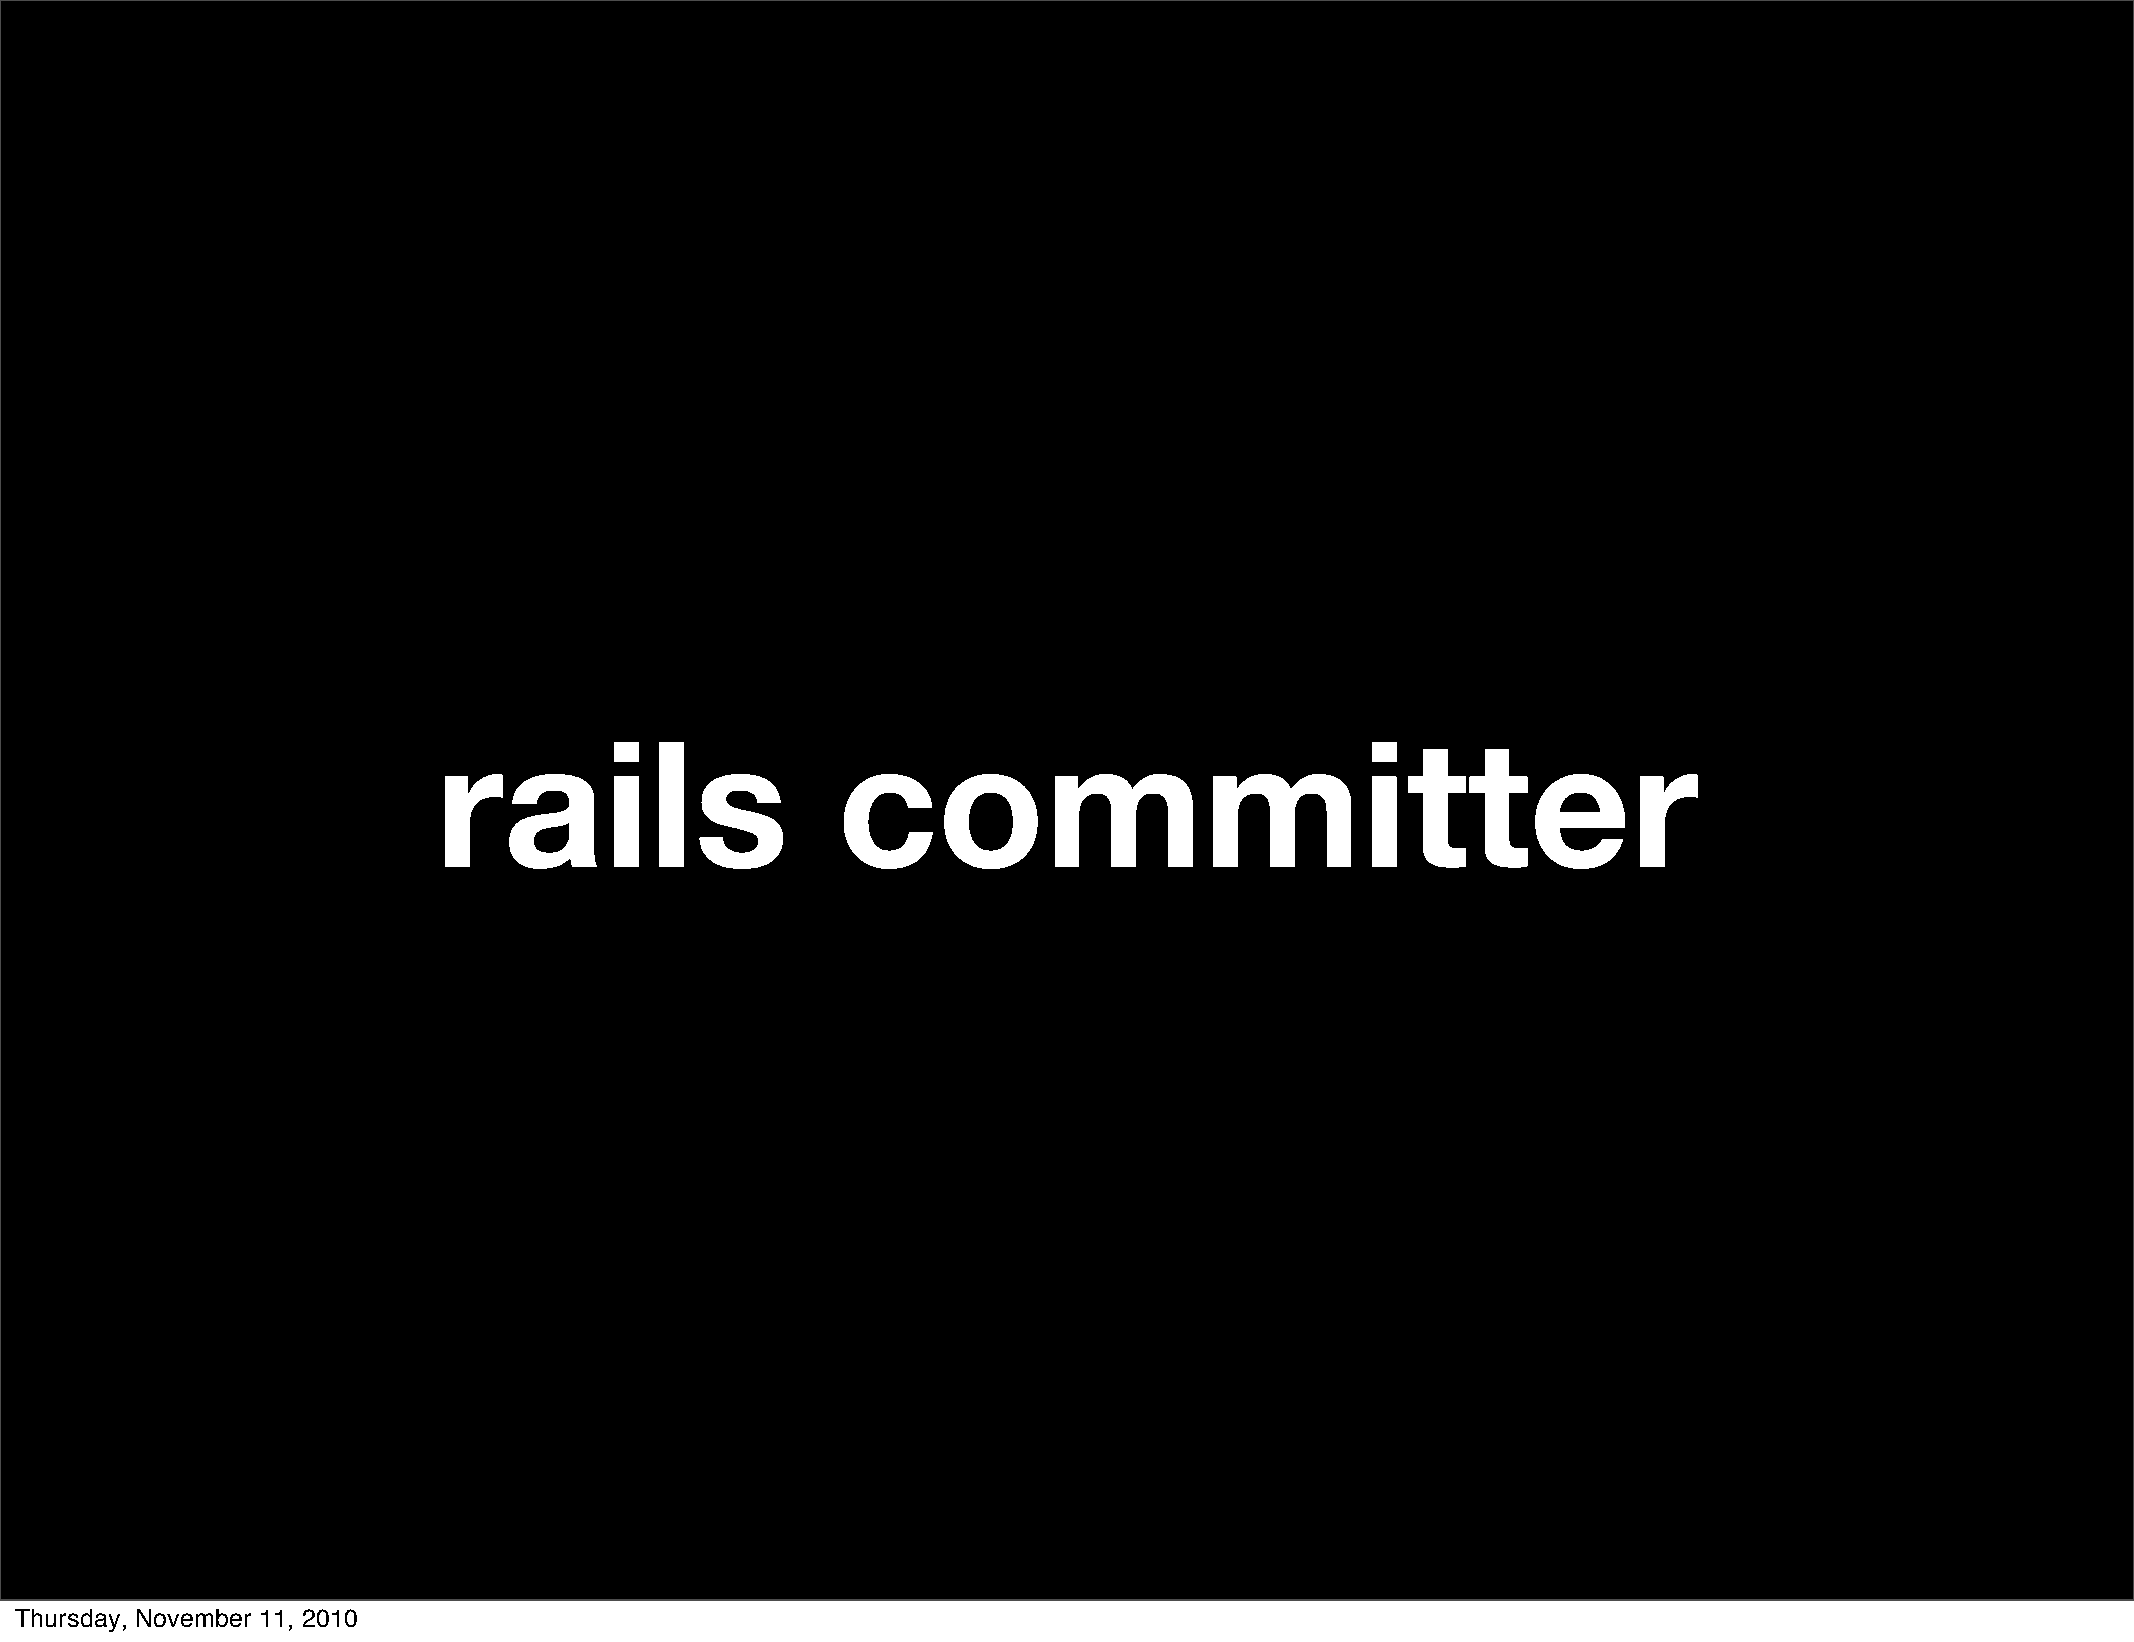
rails                     committer
 Thursday, November 11, 2010